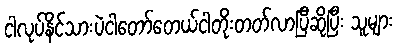
ငါလုပ်နိင်သားပဲငါတော်တေယ်ငါတိုးတတ်လာပြီဆိုပြီး သူများ